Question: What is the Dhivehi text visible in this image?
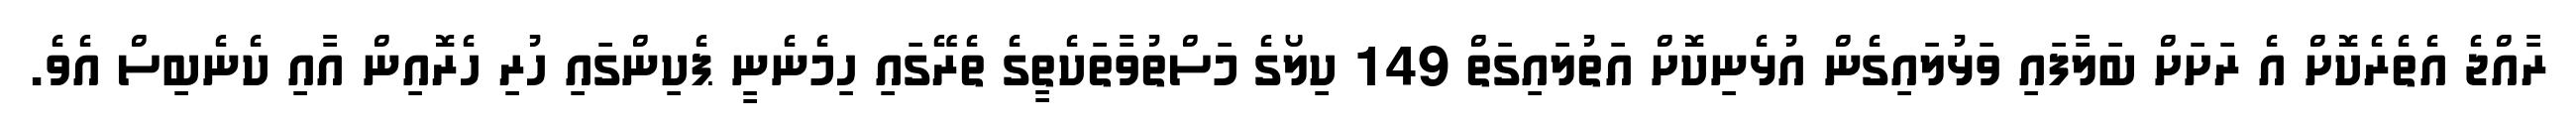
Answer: ރާއްޖެ އެތެރެކޮށް އެ ރަށަށް ބަލާފައި ވަޅުލައިގެން އުޅެނިކޮށް އަތުލައިގަތް 149 ކިލޯގެ މަސްތުވާތަކެތީގެ ތެރޭގައި ހިމެނެނީ ޕެކިންގައި ހުރި ހެރޮއިން އާއި ކެނެބިސް އެވެ.